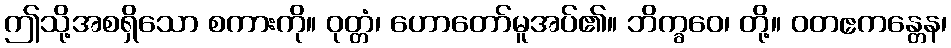
ဤသို့အစရှိသော စကားကို။ ဝုတ္တံ၊ ဟောတော်မူအပ်၏။ ဘိက္ခဝေ၊ တို့။ ဝတဧကန္တေန၊